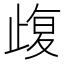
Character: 𣦇